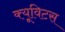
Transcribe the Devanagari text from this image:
क्यूविटस